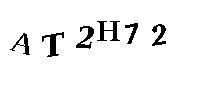
AT2H72